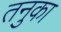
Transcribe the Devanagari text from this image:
तनुका